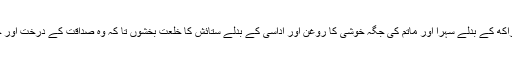
صیہون کے غم زدوں کےلئے یہ مقرر کر دوں کہ ان کو راکھ کے بدلے سہرا اور ماتم کی جگہ خوشی کا روغن اور اداسی کے بدلے ستائش کا خلعت بخشوں تا کہ وہ صداقت کے درخت اور خداودند کے لگائے ہوئے کہلائیں کہ اس کا جلال ظاہر ہو ۔